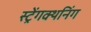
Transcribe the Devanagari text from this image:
स्ट्रेंगक्थनिंग